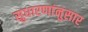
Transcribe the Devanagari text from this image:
सुधारणांनुसार